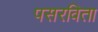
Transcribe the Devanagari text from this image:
पसरविता